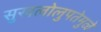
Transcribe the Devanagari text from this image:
सुखलोलुपतेमुळे